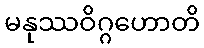
မနုဿဝိဂ္ဂဟောတိ